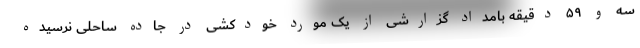
سه و ۵۹ دقیقه بامداد گزارشی از یک مورد خودکشی در جاده ساحلی نرسیده